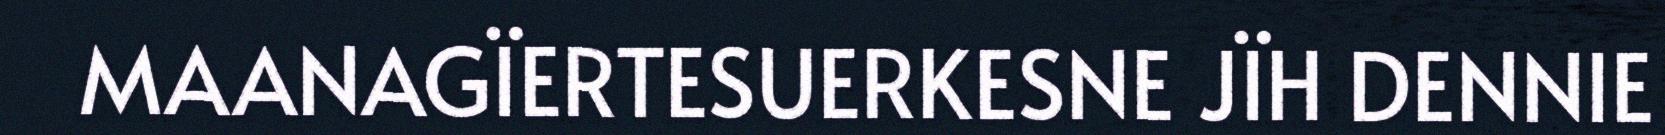
MAANAGÏERTESUERKESNE JÏH DENNIE